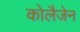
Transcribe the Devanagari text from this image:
कोलैजेन